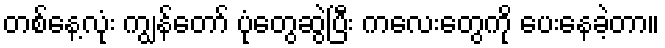
တစ်နေ့လုံး ကျွန်တော် ပုံတွေဆွဲပြီး ကလေးတွေကို ပေးနေခဲ့တာ။